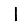
Digit: 1